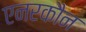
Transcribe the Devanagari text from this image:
एनरकौन